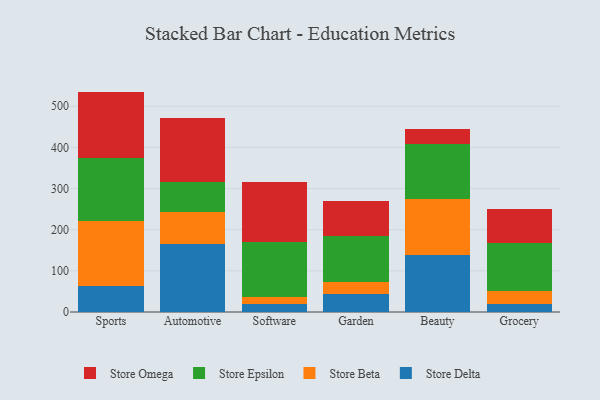
{"axis": {"x": "Category", "y": "Backlog"}, "legend": ["Store Beta", "Store Delta", "Store Epsilon", "Store Omega"], "data": [{"x": "Sports", "y": 62.5, "type": "Store Delta"}, {"x": "Sports", "y": 158.8, "type": "Store Beta"}, {"x": "Sports", "y": 153.7, "type": "Store Epsilon"}, {"x": "Sports", "y": 160.7, "type": "Store Omega"}, {"x": "Automotive", "y": 165.8, "type": "Store Delta"}, {"x": "Automotive", "y": 76.6, "type": "Store Beta"}, {"x": "Automotive", "y": 73.5, "type": "Store Epsilon"}, {"x": "Automotive", "y": 156.7, "type": "Store Omega"}, {"x": "Software", "y": 19.6, "type": "Store Delta"}, {"x": "Software", "y": 17.4, "type": "Store Beta"}, {"x": "Software", "y": 132.9, "type": "Store Epsilon"}, {"x": "Software", "y": 146.7, "type": "Store Omega"}, {"x": "Garden", "y": 43.7, "type": "Store Delta"}, {"x": "Garden", "y": 29.7, "type": "Store Beta"}, {"x": "Garden", "y": 111.9, "type": "Store Epsilon"}, {"x": "Garden", "y": 83.9, "type": "Store Omega"}, {"x": "Beauty", "y": 139.2, "type": "Store Delta"}, {"x": "Beauty", "y": 135.3, "type": "Store Beta"}, {"x": "Beauty", "y": 134.3, "type": "Store Epsilon"}, {"x": "Beauty", "y": 36.4, "type": "Store Omega"}, {"x": "Grocery", "y": 18.8, "type": "Store Delta"}, {"x": "Grocery", "y": 32.2, "type": "Store Beta"}, {"x": "Grocery", "y": 117.3, "type": "Store Epsilon"}, {"x": "Grocery", "y": 81.1, "type": "Store Omega"}]}